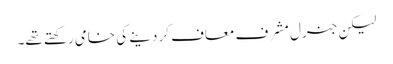
لیکن جنرل مشرف معاف کر دینے کی خامی رکھتے تھے۔